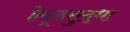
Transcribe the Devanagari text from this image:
हेवूडसुद्धा